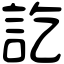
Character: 訖